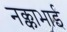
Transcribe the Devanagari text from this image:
नक्काभाई